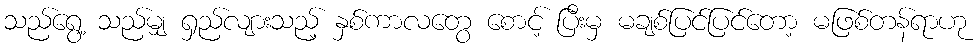
သည်ရွေ့ သည်မျှ ရှည်လျားသည့် နှစ်ကာလတွေ စောင့် ပြီးမှ မချစ်ပြင်ပြင်တော့ မဖြစ်တန်ရာဟု